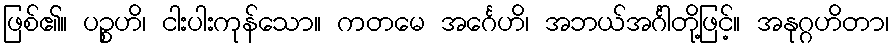
ဖြစ်၏။ ပဉ္စဟိ၊ ငါးပါးကုန်သော။ ကတမေ အင်္ဂေဟိ၊ အဘယ်အင်္ဂါတို့ဖြင့်။ အနုဂ္ဂဟိတာ၊